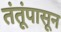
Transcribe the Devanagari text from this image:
तंतूंपासून